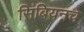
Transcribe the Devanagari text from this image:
सिंबियनचे